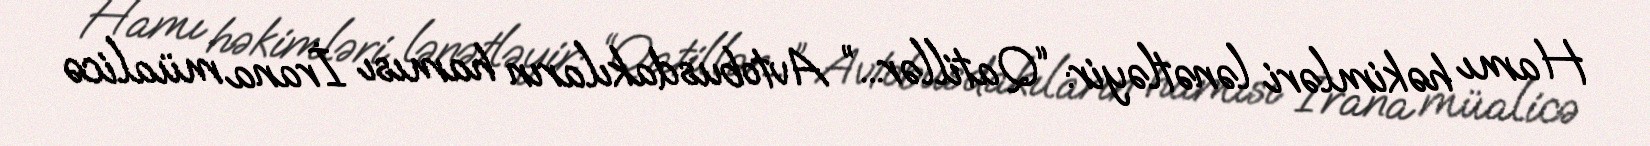
Hamı həkimləri lənətləyir: “Qatillər...” Avtobusdakıların hamısı İrana müalicə